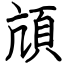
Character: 頏